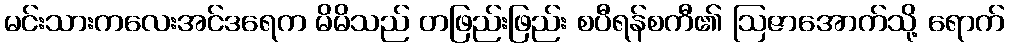
မင်းသားကလေးအင်ဒရေက မိမိသည် တဖြည်းဖြည်း စပီရန်စကီ၏ ဩဇာအောက်သို့ ရောက်